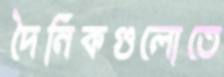
দৈনিকগুলোতে